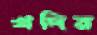
খদির